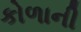
કોળાની